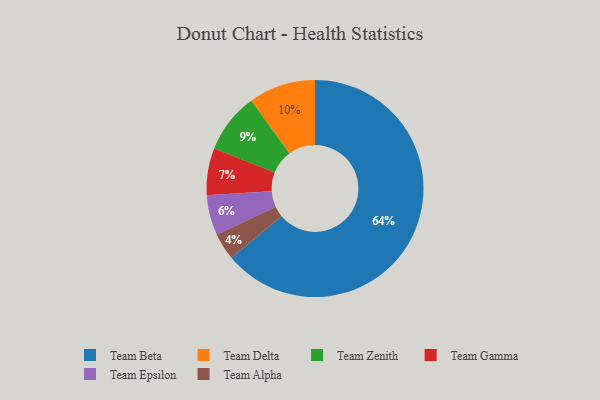
{"axis": {"x": "Category", "y": "Percentage"}, "legend": ["Team Alpha", "Team Beta", "Team Delta", "Team Epsilon", "Team Gamma", "Team Zenith"], "data": [{"x": "Team Gamma", "y": 7, "type": "Team Gamma"}, {"x": "Team Beta", "y": 64, "type": "Team Beta"}, {"x": "Team Zenith", "y": 9, "type": "Team Zenith"}, {"x": "Team Alpha", "y": 4, "type": "Team Alpha"}, {"x": "Team Delta", "y": 10, "type": "Team Delta"}, {"x": "Team Epsilon", "y": 6, "type": "Team Epsilon"}]}